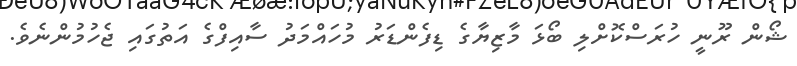
ޝޯން ރޫނީ ހުރަސްކޮށްލި ބޯޅަ މާޒިޔާގެ ޑިފެންޑަރު މުހައްމަދު ސާއިފްގެ އަތުގައި ޖެހުމުންނެވެ.